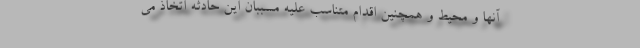
آنها و محیط و همچنین اقدام متناسب علیه مسببان این حادثه اتخاذ می